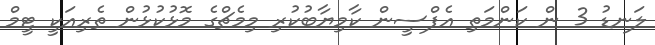
ލަނޑު 3 ން ކަންމަތި އެފްސީން ކާމިޔާބުކުރި މިމެޗްގެ މޮޅުކުޅުން ތެރިއަކީ ޓީމް